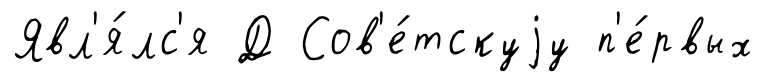
Явл'я́лс'я Д Сов'е́тскуjу п'е́рвых